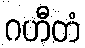
ဂဟီတံ